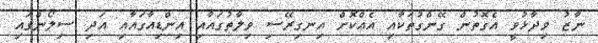
ނާޒު ވިދާޅުވީ އެގޮތުން ގޭންގުތަކާއި އެއްކޮށް އިނގިރޭސި ވިލާތުގައާއި އިންޑިއާގައާއި އަދި ސިލޯންގައި